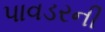
પાવડરની